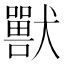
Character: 獸